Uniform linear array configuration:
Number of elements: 24
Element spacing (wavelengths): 0.5
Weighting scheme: blackman
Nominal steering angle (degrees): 30
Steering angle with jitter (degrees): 30.776
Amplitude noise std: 0.05
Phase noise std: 0.05

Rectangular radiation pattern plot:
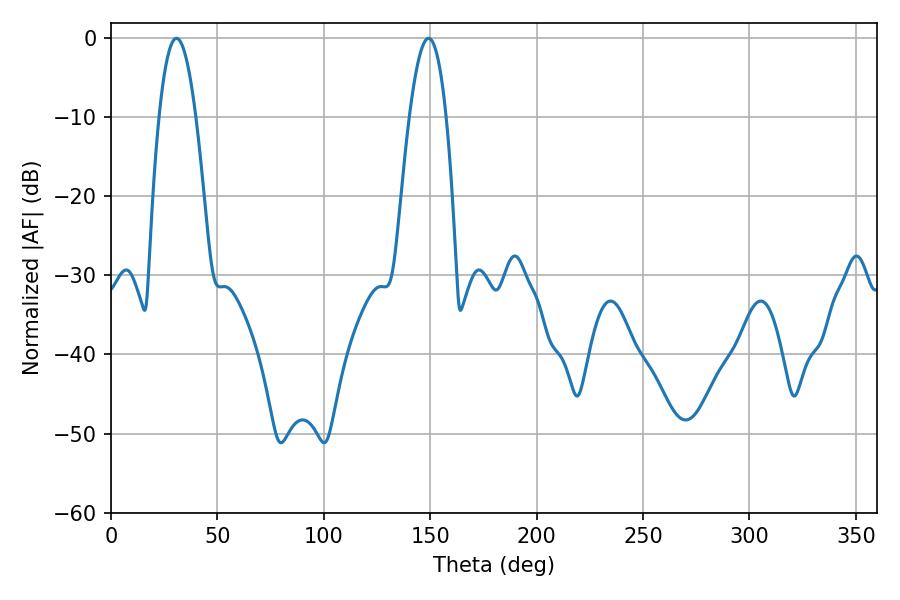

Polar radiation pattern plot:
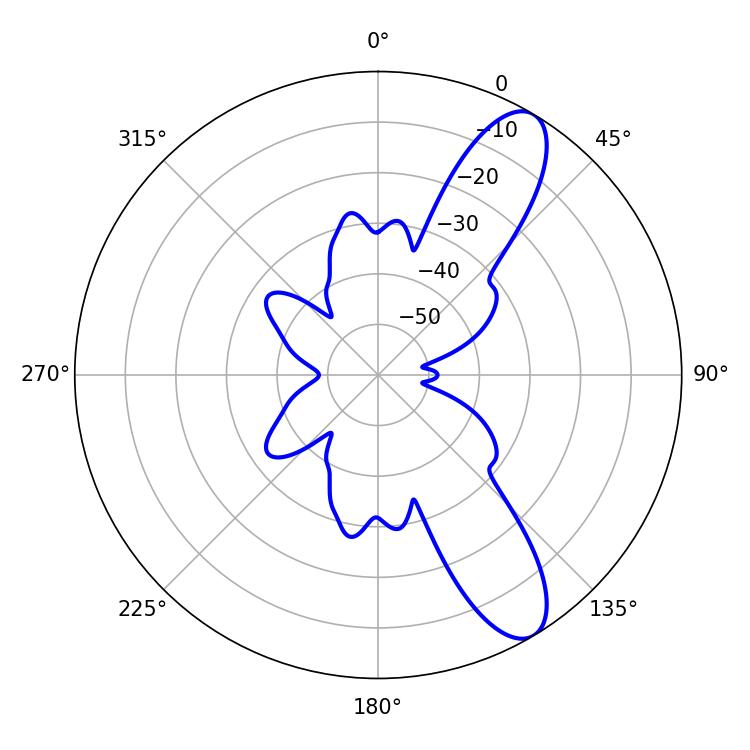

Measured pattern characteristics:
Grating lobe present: FALSE
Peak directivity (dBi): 10.377
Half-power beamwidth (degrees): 9.54
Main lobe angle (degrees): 30.78